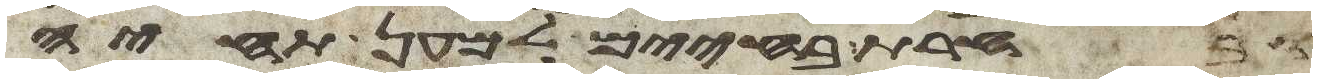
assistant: ובחרת בחיים למען תחיה